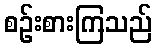
စဉ်းစားကြသည်